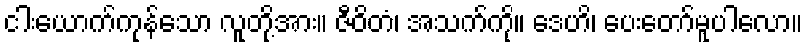
ငါးယောက်ကုန်သော လူတို့အား။ ဇီဝိတံ၊ အသက်ကို။ ဒေဟိ၊ ပေးတော်မူပါလော။